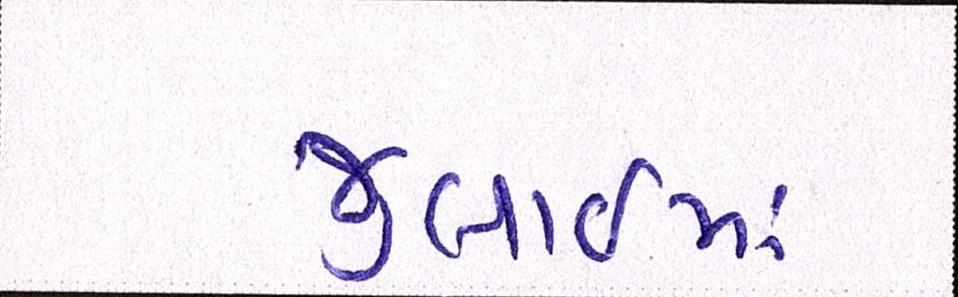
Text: જુલાઇમાં